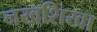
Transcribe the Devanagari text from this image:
नखशिखा